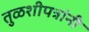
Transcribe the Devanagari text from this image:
तुळशीपत्रांनी